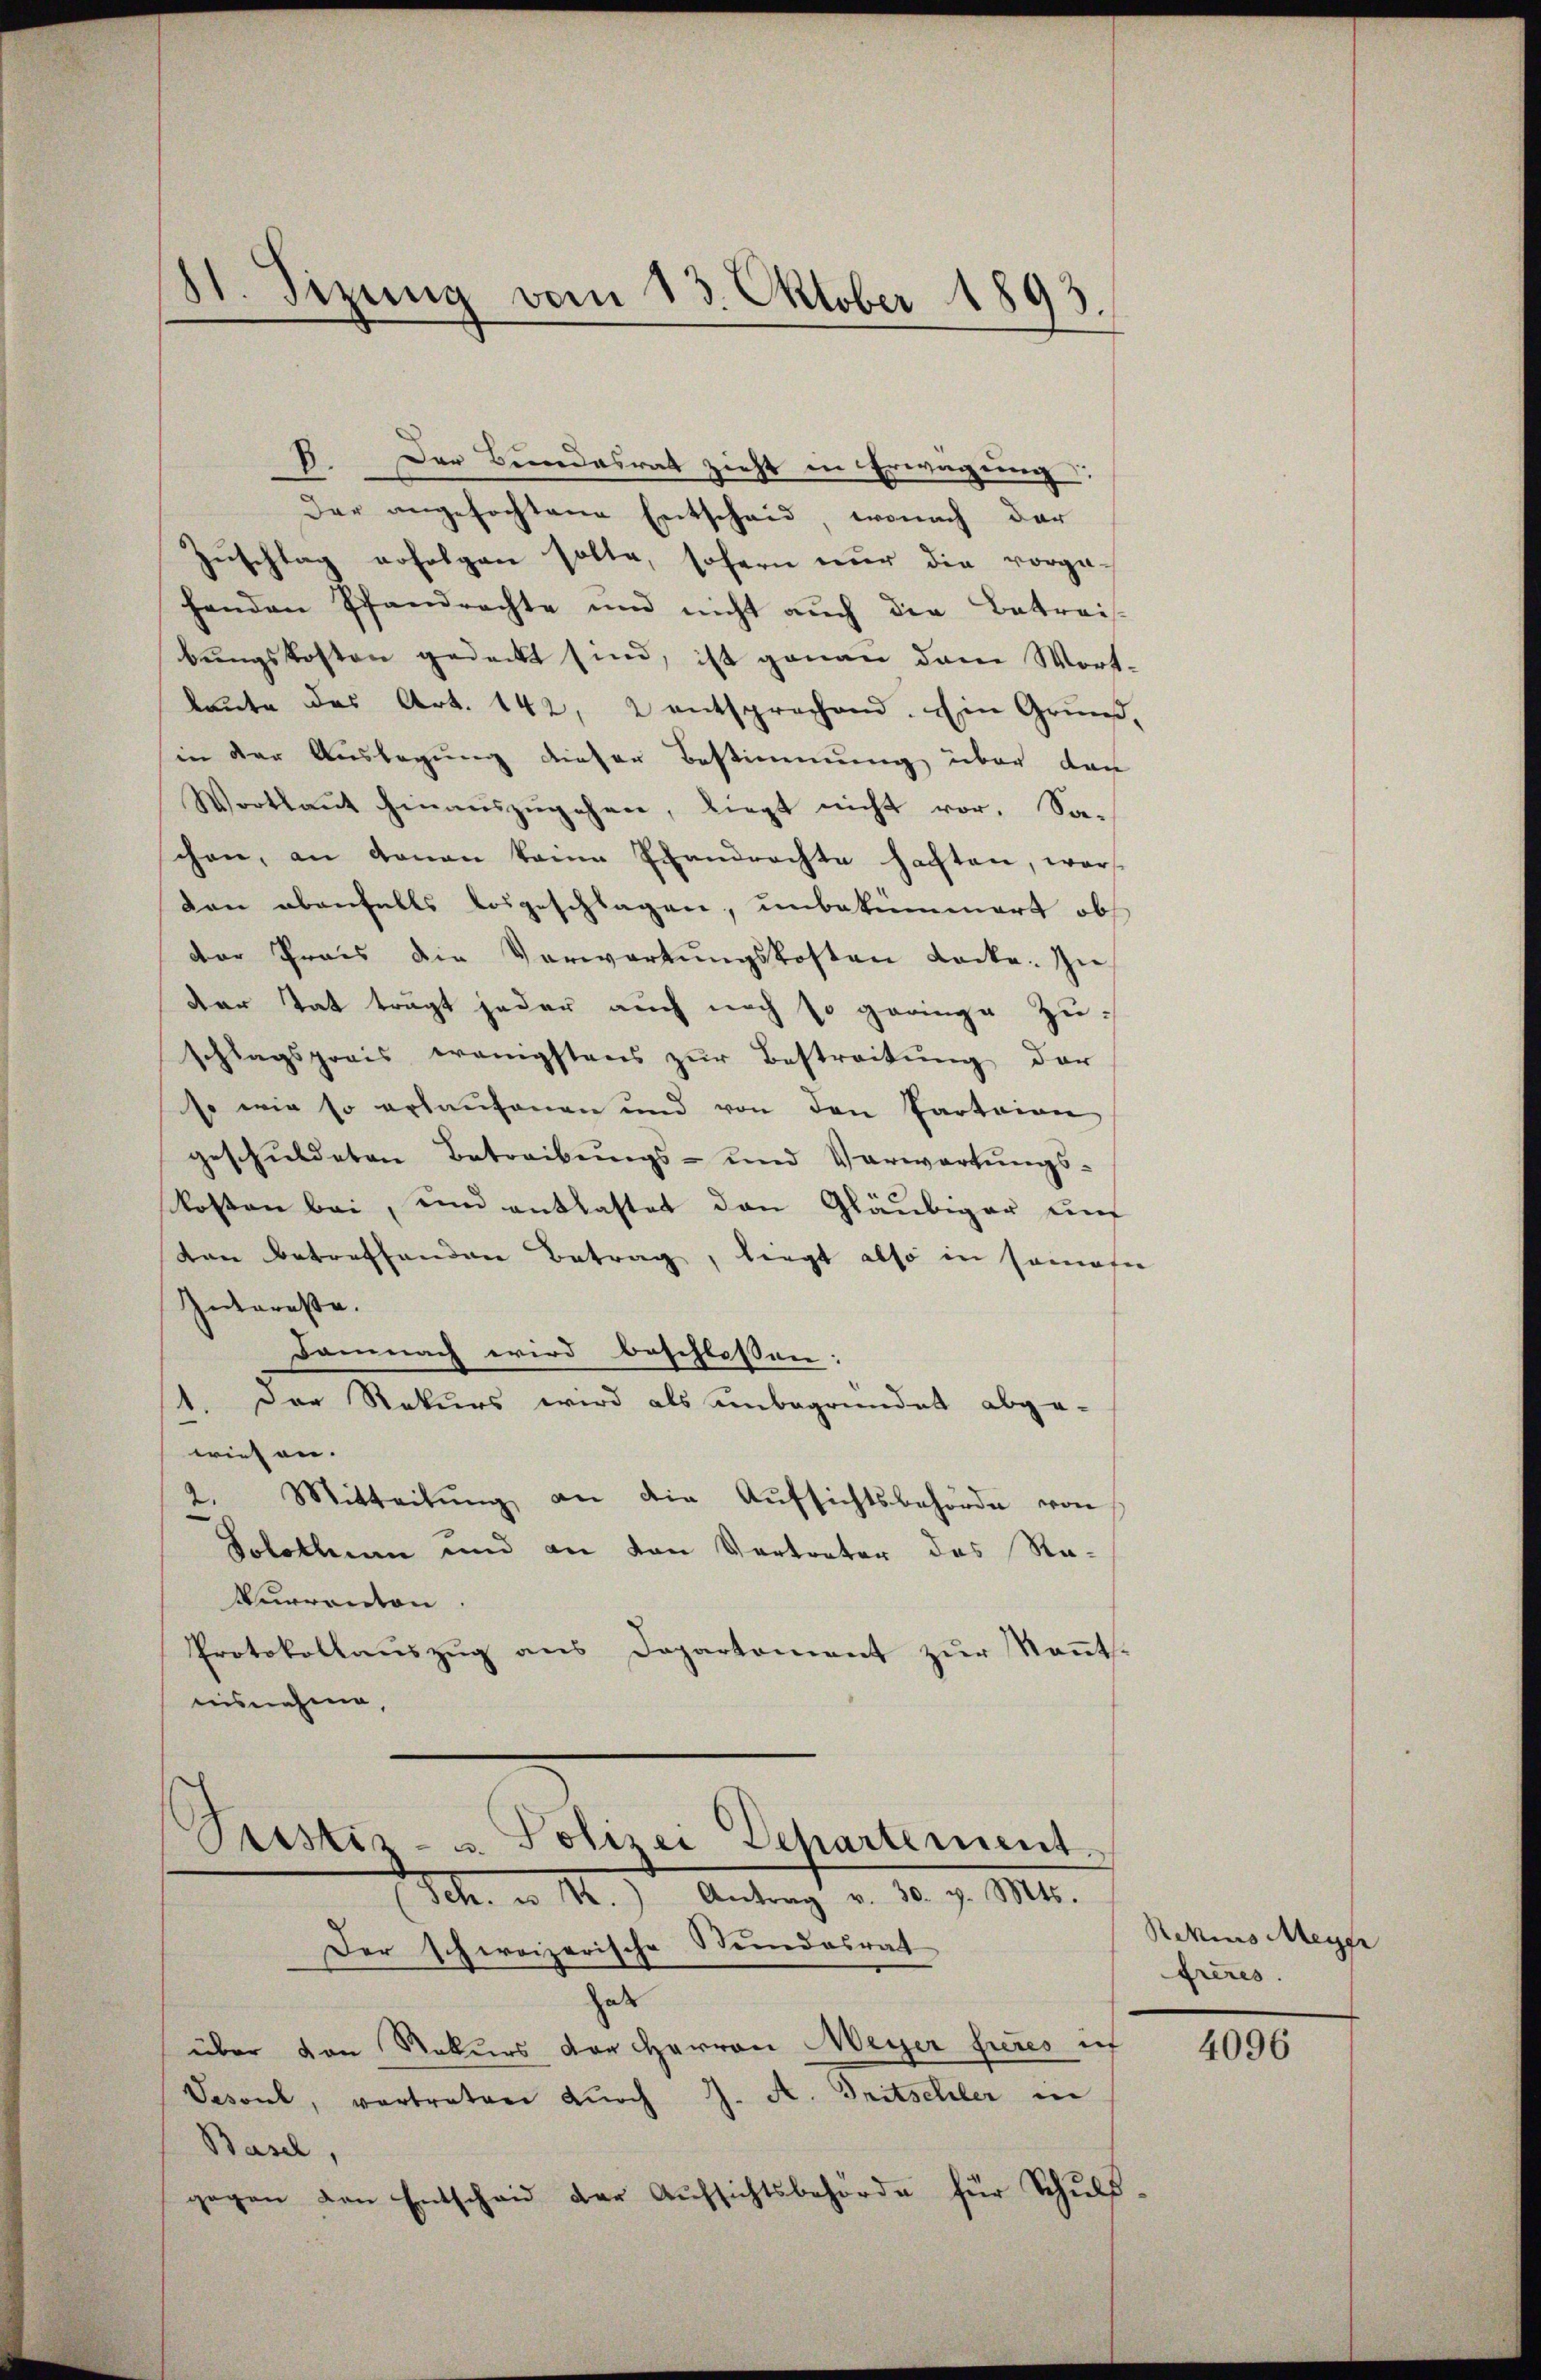
B. Der Bundesrat zieht in Erwägung
Der angefochtene Entscheid, wonach der
Zuschlag erfolgen solle, sofern nur die vorge-
henden Pfandrechte und nicht aŭch die Betreis-
bungskosten gedeckt sind, ist genau dem Wort-
laute das Art. 142, 2 entsprechend. Ein Grund-
in der Auslegung dieser Bestimmung über den
Wortlaut hinaŭszŭgehen, liegt nicht vor. Saschon, an donan keine Pfandrechte hachten, worden ebenfalls vorgeschlagen, unbekümmert ob
der Preis die Vorwortungskosten Locke. In
Dar Tat trägt jeder auch noch so geringe Zu-
schlagspreis wenigstens zŭr Bestreitŭng der
so wie so erlaufenen und von den Parteien
geschuldeten Betreibungs- und Verwartungs-
kosten bei, und entlastet den Gläubiger unf
ten betreffenden Betrag, liegt also in seinahe
Interesse.
Damnach wird beschlossen:
1. Der Rekurs wird als unbegründet abge-
wiesen.
2. Mitteilŭng an die Aŭfsichtsbehörde von
Solothurn und an von Vertreter des Ra-
Verrenton
Protokollauszug aus Departement zur Kenntnisnahme,

81. Sizung vom 13. Oktober 1893.

Seestiz- u. Polizei Departement.
Sch. ad 1.) Antrag v. 30. v. Mts.

Der schweizerische Stundesrat
zet
über von Rekurs der Herren Meyer fieres ich
Sesouel, vertraten durch J. A. Gritschler in
Basel,

gegen den Entscheid der Aŭfsichtsbehörde für Schuld-

Rekius Meyer
freres.

4096